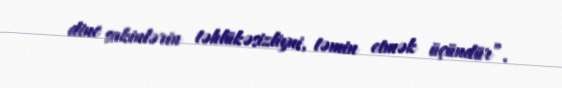
dinc sakinlərin təhlükəsizliyni, təmin etmək üçündür”.